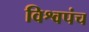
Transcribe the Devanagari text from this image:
विश्वपंच